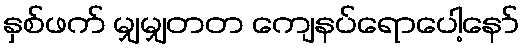
နှစ်ဖက် မျှမျှတတ ကျေနပ်ရောပေါ့နော်